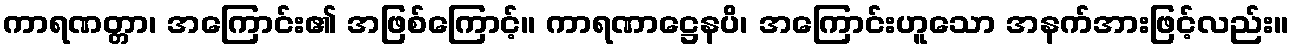
ကာရဏတ္တာ၊ အကြောင်း၏ အဖြစ်ကြောင့်။ ကာရဏာဋ္ဌေနပိ၊ အကြောင်းဟူသော အနက်အားဖြင့်လည်း။